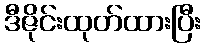
ဒီဇိုင်းထုတ်ထားပြီး